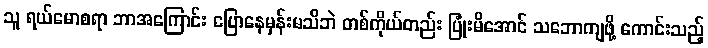
သူ ရယ်မောစရာ ဘာအကြောင်း ပြောနေမှန်းမသိဘဲ တစ်ကိုယ်တည်း ပြုံးမိအောင် သဘောကျဖို့ ကောင်းသည့်